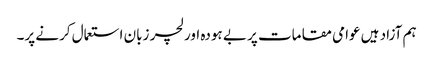
ہم آزاد ہیں عوامی مقامات پر بے ہودہ اور لچر زبان استعمال کرنے پر۔